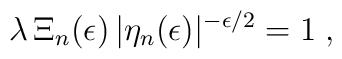
\lambda \,\Xi_{n} (\epsilon) \, | \eta_{n} (\epsilon) |^{-\epsilon/2} = 1\; ,